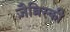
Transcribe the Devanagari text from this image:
ज़ैब्रिस्की